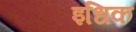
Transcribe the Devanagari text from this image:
इधिक